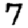
Digit: 7